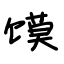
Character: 馍